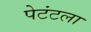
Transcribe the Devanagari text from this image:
पेटंटला